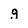
Character: g